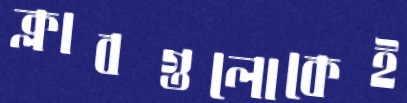
ক্লাবগুলোকেই